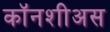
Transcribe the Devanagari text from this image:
कॉनशीअस